Development of the parasite of Indian kala azar - Number 53
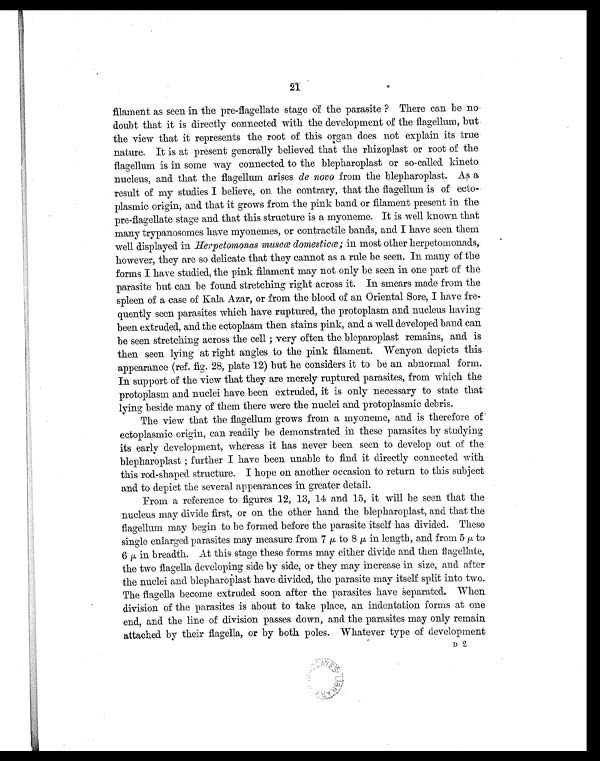
21
filament as seen in the pre-flagellate stage of the parasite ? There can be no
doubt that it is directly connected with the development of the flagellum, but
the view that it represents the root of this organ does not explain its true
nature. It is at present generally believed that the rhizoplast or root of the
flagellum is in some way connected. to the blepharoplast or so-called kineto
nucleus, and. that the flagellum arises de novo from the blepharoplast. As a
result of my studies I believe, on the contrary, that the flagellum is of ecto-
plasmic origin, and that it grows from the pink band or filament present in the
pre-flagellate stage and that this structure is a myoneme. It is well known that
many trypanosomes have myonemes, or contractile bands, and I have seen them
well displayed in Herpetomonas muscœ domesticœ ; in most other herpetomonads,
however, they are so delicate that they cannot as a rule be seen. In many of the
forms I have studied, the pink filament may not only be seen in one part of the
parasite but can be found stretching right across it. In smears made from the
spleen of a case of Bala Azar, or from the blood of an Oriental Sore, I have fre-
quently seen parasites which have ruptured, the protoplasm and nucleus having
been extruded, and the ectoplasm then stains pink, and a well developed band can
be seen stretching across the cell ; very often the bleparoplast remains, and is
then seen lying at right angles to the pink filament. Wenyon depicts this
appearance (ref. fig. 28, plate 12) but he considers it to be an abnormal form.
In support of the view that they are merely ruptured parasites, from which the
protoplasm and nuclei have been extruded, it is only necessary to state that
lying beside many of them there were the nuclei and protoplasmic debris.
The view that the flagellum grows from a myoneme, and is therefore of
ectoplasmic origin, can readily be demonstrated in these parasites by studying
its early development, whereas it has never been seen to develop out of the
blepharoplast ; further I have been unable to find it directly connected with
this rod- shaped structure. I hope on another occasion to return to this subject
and to depict the several appearances in greater detail.
From a reference to figures 12, 13, 14 and 15, it will be seen that the
nucleus may divide first, or on the other hand the blepharoplast, and that the
flagellum may begin to be formed before the parasite itself has divided. These
single enlarged parasites may measure from 7 µ to 8 µ i n l e n g t h , a n d f r o m 5
µ t o
6 µ i n b r e a d t h . A t t h i s s t a g e t h e s e f o r m s m a y e i t h e r d i v i d e a n d t h e n f l a g e l l a t e ,
the two flagella developing side by side, or they may increase in size, and after
the nuclei and blepharoplast have divided, the parasite may itself split into two.
The flagella become extruded. soon after the parasites have separated. When
division of the parasites is about to take place, an indentation forms at one
end, and the line of division passes down, and the parasites may only remain
attached by their flagella, or by both poles. Whatever type of development